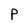
Character: p